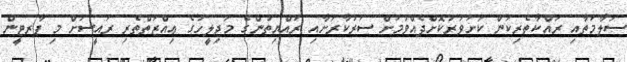
ސަލާމަތާއި ރައްކާތެރިކަން ކަށަވަރުކޮށްދެއްވުމަށް ސަރުކާރަށާއި ރައްޔިތުންގެ މަޖިލީހުގެ ޢިއްޒަތްތެރި ރައީސަށް މި ޕާރޓީން